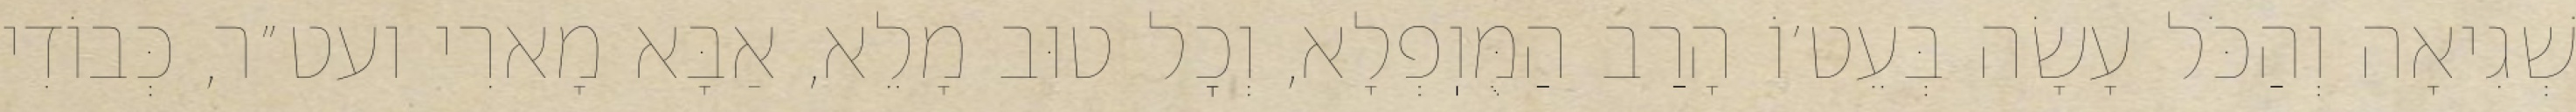
שְׁגִיאָה וְהַכֹּל עָשָׂה בְּעֵט׳וֹ הָרַב הַמֻּוֽפְלָא, וְכׇל טוּב מָלֵא, אַבָּא מָארִי ועט״ר, כְּבוֹדִי